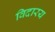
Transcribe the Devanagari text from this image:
विदारय